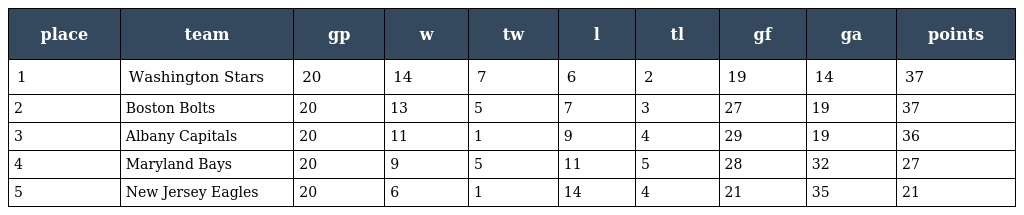
| place | team | gp | w | tw | l | tl | gf | ga | points |
 | --- | --- | --- | --- | --- | --- | --- | --- | --- | --- |
 | 1 | Washington Stars | 20 | 14 | 7 | 6 | 2 | 19 | 14 | 37 |
 | 2 | Boston Bolts | 20 | 13 | 5 | 7 | 3 | 27 | 19 | 37 |
 | 3 | Albany Capitals | 20 | 11 | 1 | 9 | 4 | 29 | 19 | 36 |
 | 4 | Maryland Bays | 20 | 9 | 5 | 11 | 5 | 28 | 32 | 27 |
 | 5 | New Jersey Eagles | 20 | 6 | 1 | 14 | 4 | 21 | 35 | 21 |